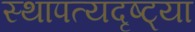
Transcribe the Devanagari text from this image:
स्थापत्यदृष्ट्या